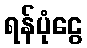
ရန်ပုံငွေ